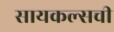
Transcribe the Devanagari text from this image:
सायकल्सची